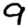
Digit: 9